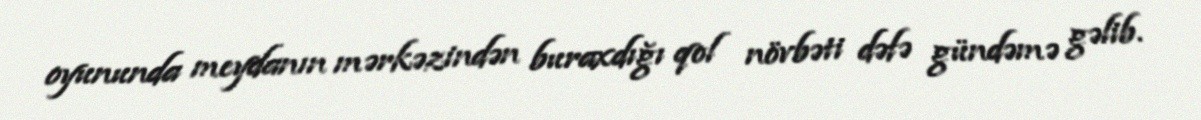
oyununda meydanın mərkəzindən buraxdığı qol növbəti dəfə gündəmə gəlib.